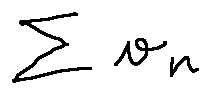
\sum v _ { n }